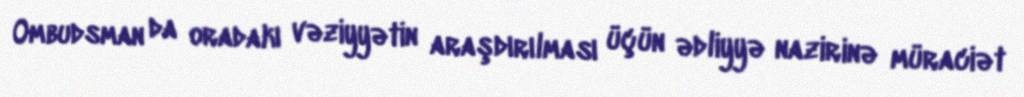
Ombudsman da oradakı vəziyyətin araşdırılması üçün ədliyyə nazirinə müraciət